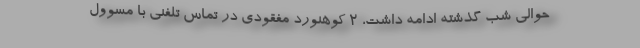
حوالی شب گذشته ادامه داشت، ۲ کوهنورد مفقودی در تماس تلفنی با مسوول